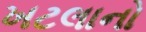
ખટલાનો